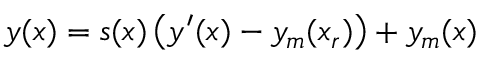
y ( x ) = s ( x ) \left( y ^ { \prime } ( x ) - y _ { m } ( x _ { r } ) \right) + y _ { m } ( x )